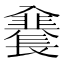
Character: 𲈣